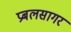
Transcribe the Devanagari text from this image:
प्रबलसागर